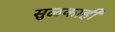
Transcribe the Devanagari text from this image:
सुळकाही